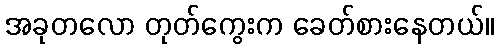
အခုတလော တုတ်ကွေးက ခေတ်စားနေတယ်။